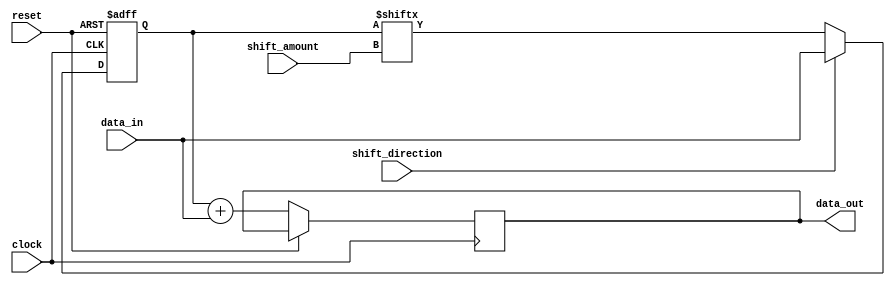
module ShiftAndAddRegister(
    input [7:0] data_in,
    input shift_direction,
    input [2:0] shift_amount,
    input clock,
    input reset,
    output reg [7:0] data_out
);

reg [7:0] shift_reg;

always @ (posedge clock or posedge reset) begin
    if (reset) begin
        shift_reg <= 8'b00000000;
    end else begin
        if (shift_direction) begin
            shift_reg <= {shift_reg[shift_amount-1:0], data_in};
        end else begin
            shift_reg <= {data_in, shift_reg[7:shift_amount]};
        end
        data_out <= shift_reg + data_in;
    end
end

endmodule